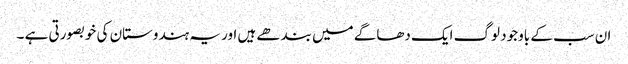
ان سب کے باوجود لوگ ایک دھاگے میں بندھے ہیں اور یہ ہندوستان کی خوبصورتی ہے ۔